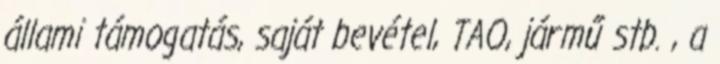
állami támogatás, saját bevétel, TAO, jármű stb. , a